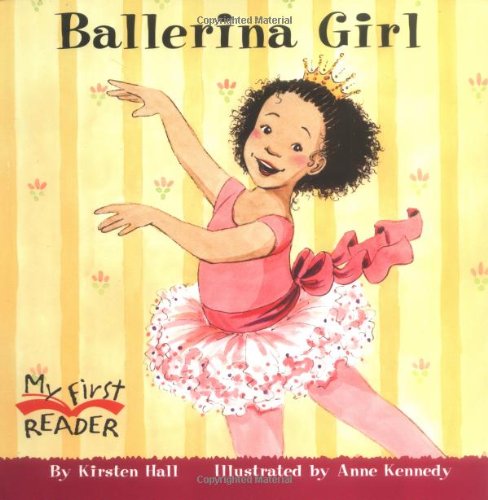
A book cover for Ballerina Girl (My First Reader); Kirsten Hall; Children's Books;